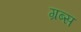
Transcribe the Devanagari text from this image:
ग्रब्स